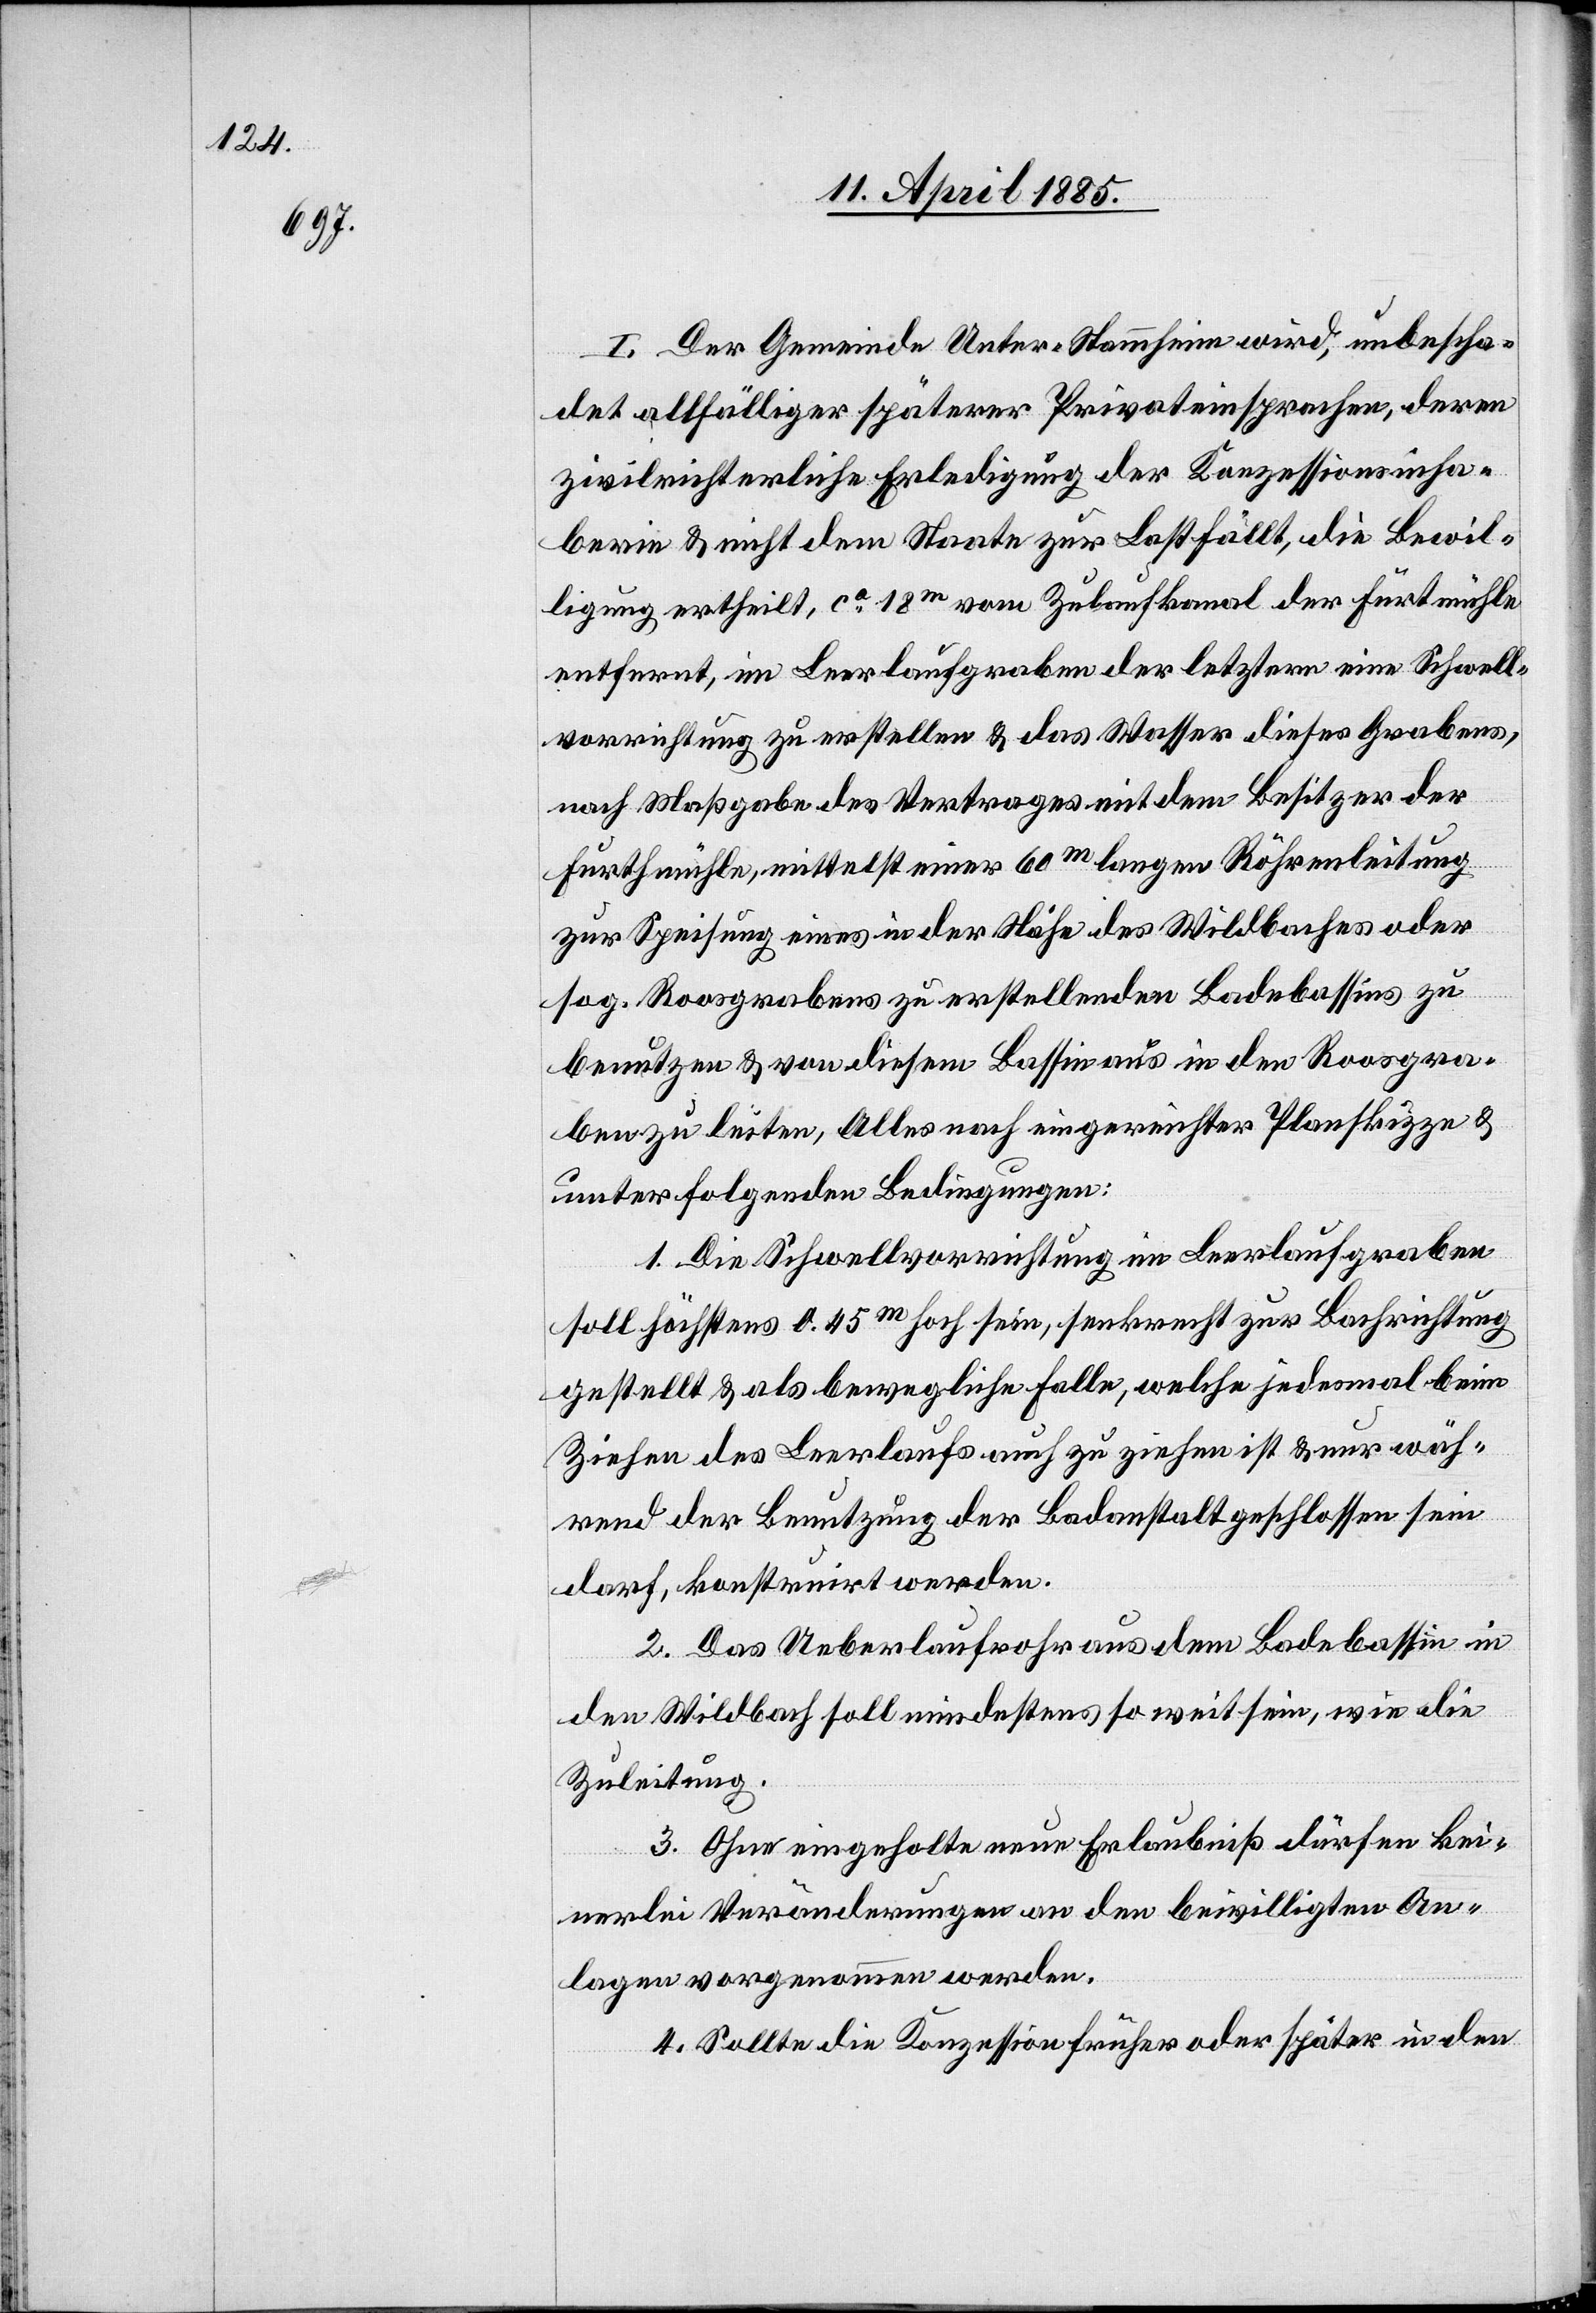
I. Der Gemeinde Unter-Stammheim wird, unbescha¬
det allfälliger späterer Privateinsprachen, deren
zivilrichterliche Erledigung der Konzessionsinha¬
berin & nicht dem Staate zur Last fällt, die Bewil¬
ligung ertheilt, ca 18 m vom Zulaufkanal der Furthmühle
entfernt, im Leerlaufgraben der letztern eine Schwell¬
vorrichtung zu erstellen & das Wasser dieses Grabens,
nach Maßgabe des Vertrages mit dem Besitzer der
Furthmühle, mittelst einer 60 m langen Röhrenleitung
zur Speisung eines in der Höhe des Wildbaches oder
sog. Roosgrabens zu erstellenden Badebassins zu
benutzen & von diesem Bassin aus in den Roosgra¬
ben zu leiten, Alles nach eingereichter Planskizze &
unter folgenden Bedingungen:
1. Die Schwellvorrichtung im Leerlaufgraben
soll höchstens 0.45 m hoch sein, senkrecht zur Bachrichtung
gestellt & als bewegliche Falle, welche jedesmal beim
Ziehen des Leerlaufs auch zu ziehen ist & nur wäh¬
rend der Benutzung der Badanstalt geschlossen sein
darf, konstruirt werden.
2. Das Ueberlaufrohr aus dem Badebassin in
den Wildbach soll mindestens so weit sein, wie die
Zuleitung.
3. Ohne eingeholte neue Erlaubniß dürfen kei¬
nerlei Veränderungen an den bewilligten An¬
lagen vorgenommen werden.
4. Sollte die Konzession früher oder später in den